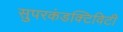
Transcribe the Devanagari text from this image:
सुपरकंडक्टिविटी